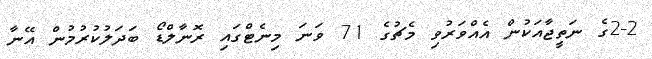
2-2ގެ ނަތީޖާއަކުން އެއްވަރުވި މެޗުގެ 71 ވަނަ މިނެޓްގައި ރޮނާލްޑޯ ބަދަލުކުރުމުން އޭނާ